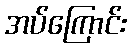
အပ်ကြောင်း